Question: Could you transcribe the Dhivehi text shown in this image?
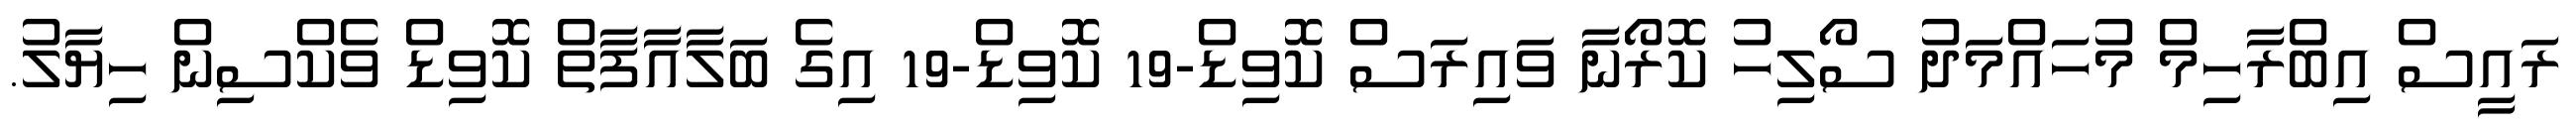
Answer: ރައީސް އިބްރާހިމް މުހައްމަދު ސޯލިހު ކޮރޯނާ ވައިރަސް ކޮވިޑް-19 ކޮވިޑް-19 އިގެ ބަލާއާފާތް ކޮވިޑް ވެކްސިން ހިޔާލު.